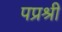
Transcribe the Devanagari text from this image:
पप्रश्री